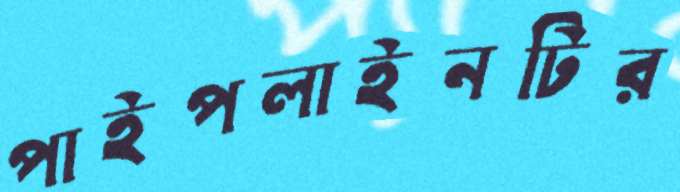
পাইপলাইনটির